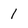
Character: 1